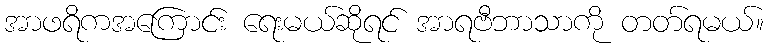
အာဖရိကအကြောင်း ရေးမယ်ဆိုရင် အာရဗီဘာသာကို တတ်ရမယ်။